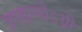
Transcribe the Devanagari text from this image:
ब्राह्मणोऽग्नी